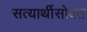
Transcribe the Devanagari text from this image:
सत्यार्थीसोबत